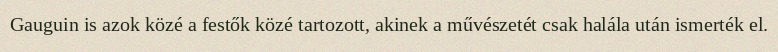
Gauguin is azok közé a festők közé tartozott, akinek a művészetét csak halála után ismerték el.